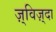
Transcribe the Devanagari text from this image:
ज़्विज़्दा